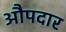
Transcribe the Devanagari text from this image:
औपदार